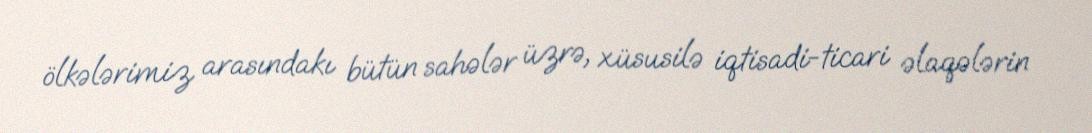
ölkələrimiz arasındakı bütün sahələr üzrə, xüsusilə iqtisadi-ticari əlaqələrin